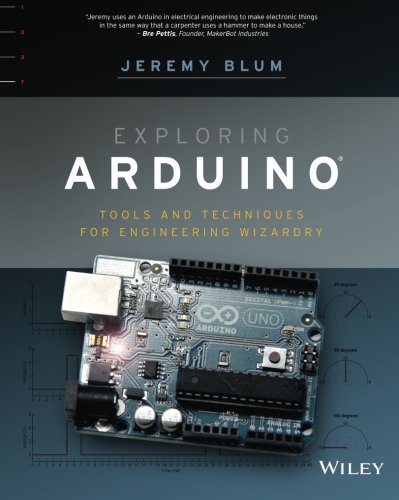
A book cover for Exploring Arduino: Tools and Techniques for Engineering Wizardry; Jeremy Blum; Computers & Technology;